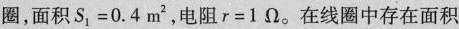
圈，面积$$S_{1} = 0 . 4 m^{2}$$，电阻$$r = 1 \Omega$$ 。在线圈中存在面积